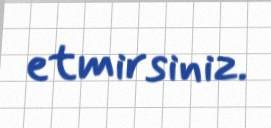
etmirsiniz.